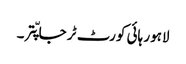
لاہور ہائی کورٹ ٹر جا پّتر ۔